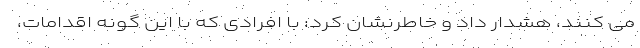
می کنند، هشدار داد و خاطرنشان کرد: با افرادی که با این گونه اقدامات،